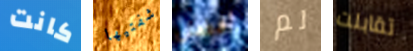
كانت شفتيها أفضل لم تقابلت